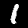
Digit: 1